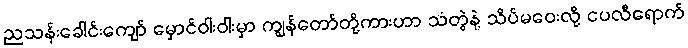
ညသန်းခေါင်းကျော် မှောင်ဝါးဝါးမှာ ကျွန်တော်တို့ကားဟာ သံတွဲနဲ့ သိပ်မဝေးလို့ ငပလီရောက်